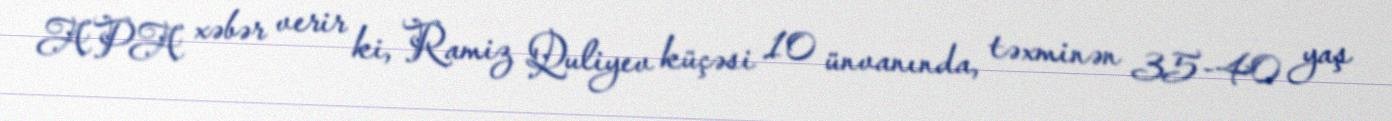
APA xəbər verir ki, Ramiz Quliyev küçəsi 10 ünvanında, təxminən 35-40 yaş